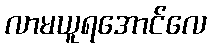
လာမယူရအောင်လေ